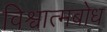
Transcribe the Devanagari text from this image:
विश्वात्मबोध